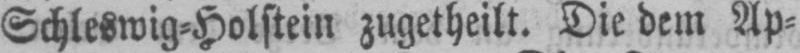
Schleswig⸗Holstein zugetheilt. Die dem Ap⸗